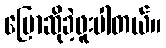
ပြောဆိုခဲ့ဖူးပါတယ်။